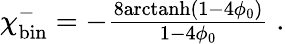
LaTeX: \begin{array}{r}{\chi_{\mathrm{bin}}^{-}=-\frac{8\mathrm{arctanh}(1-4\phi_{0})}{1-4\phi_{0}}\; .}\end{array}